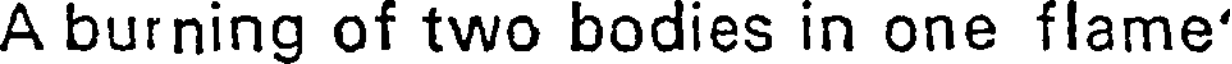
A burning of two bodies in one flame